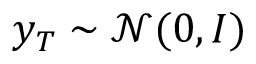
y _ { T } \sim \mathcal { N } ( 0 , I )